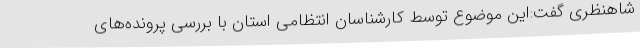
شاهنظری گفت:این موضوع توسط کارشناسان انتظامی استان با بررسی پرونده‌های